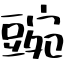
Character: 豌